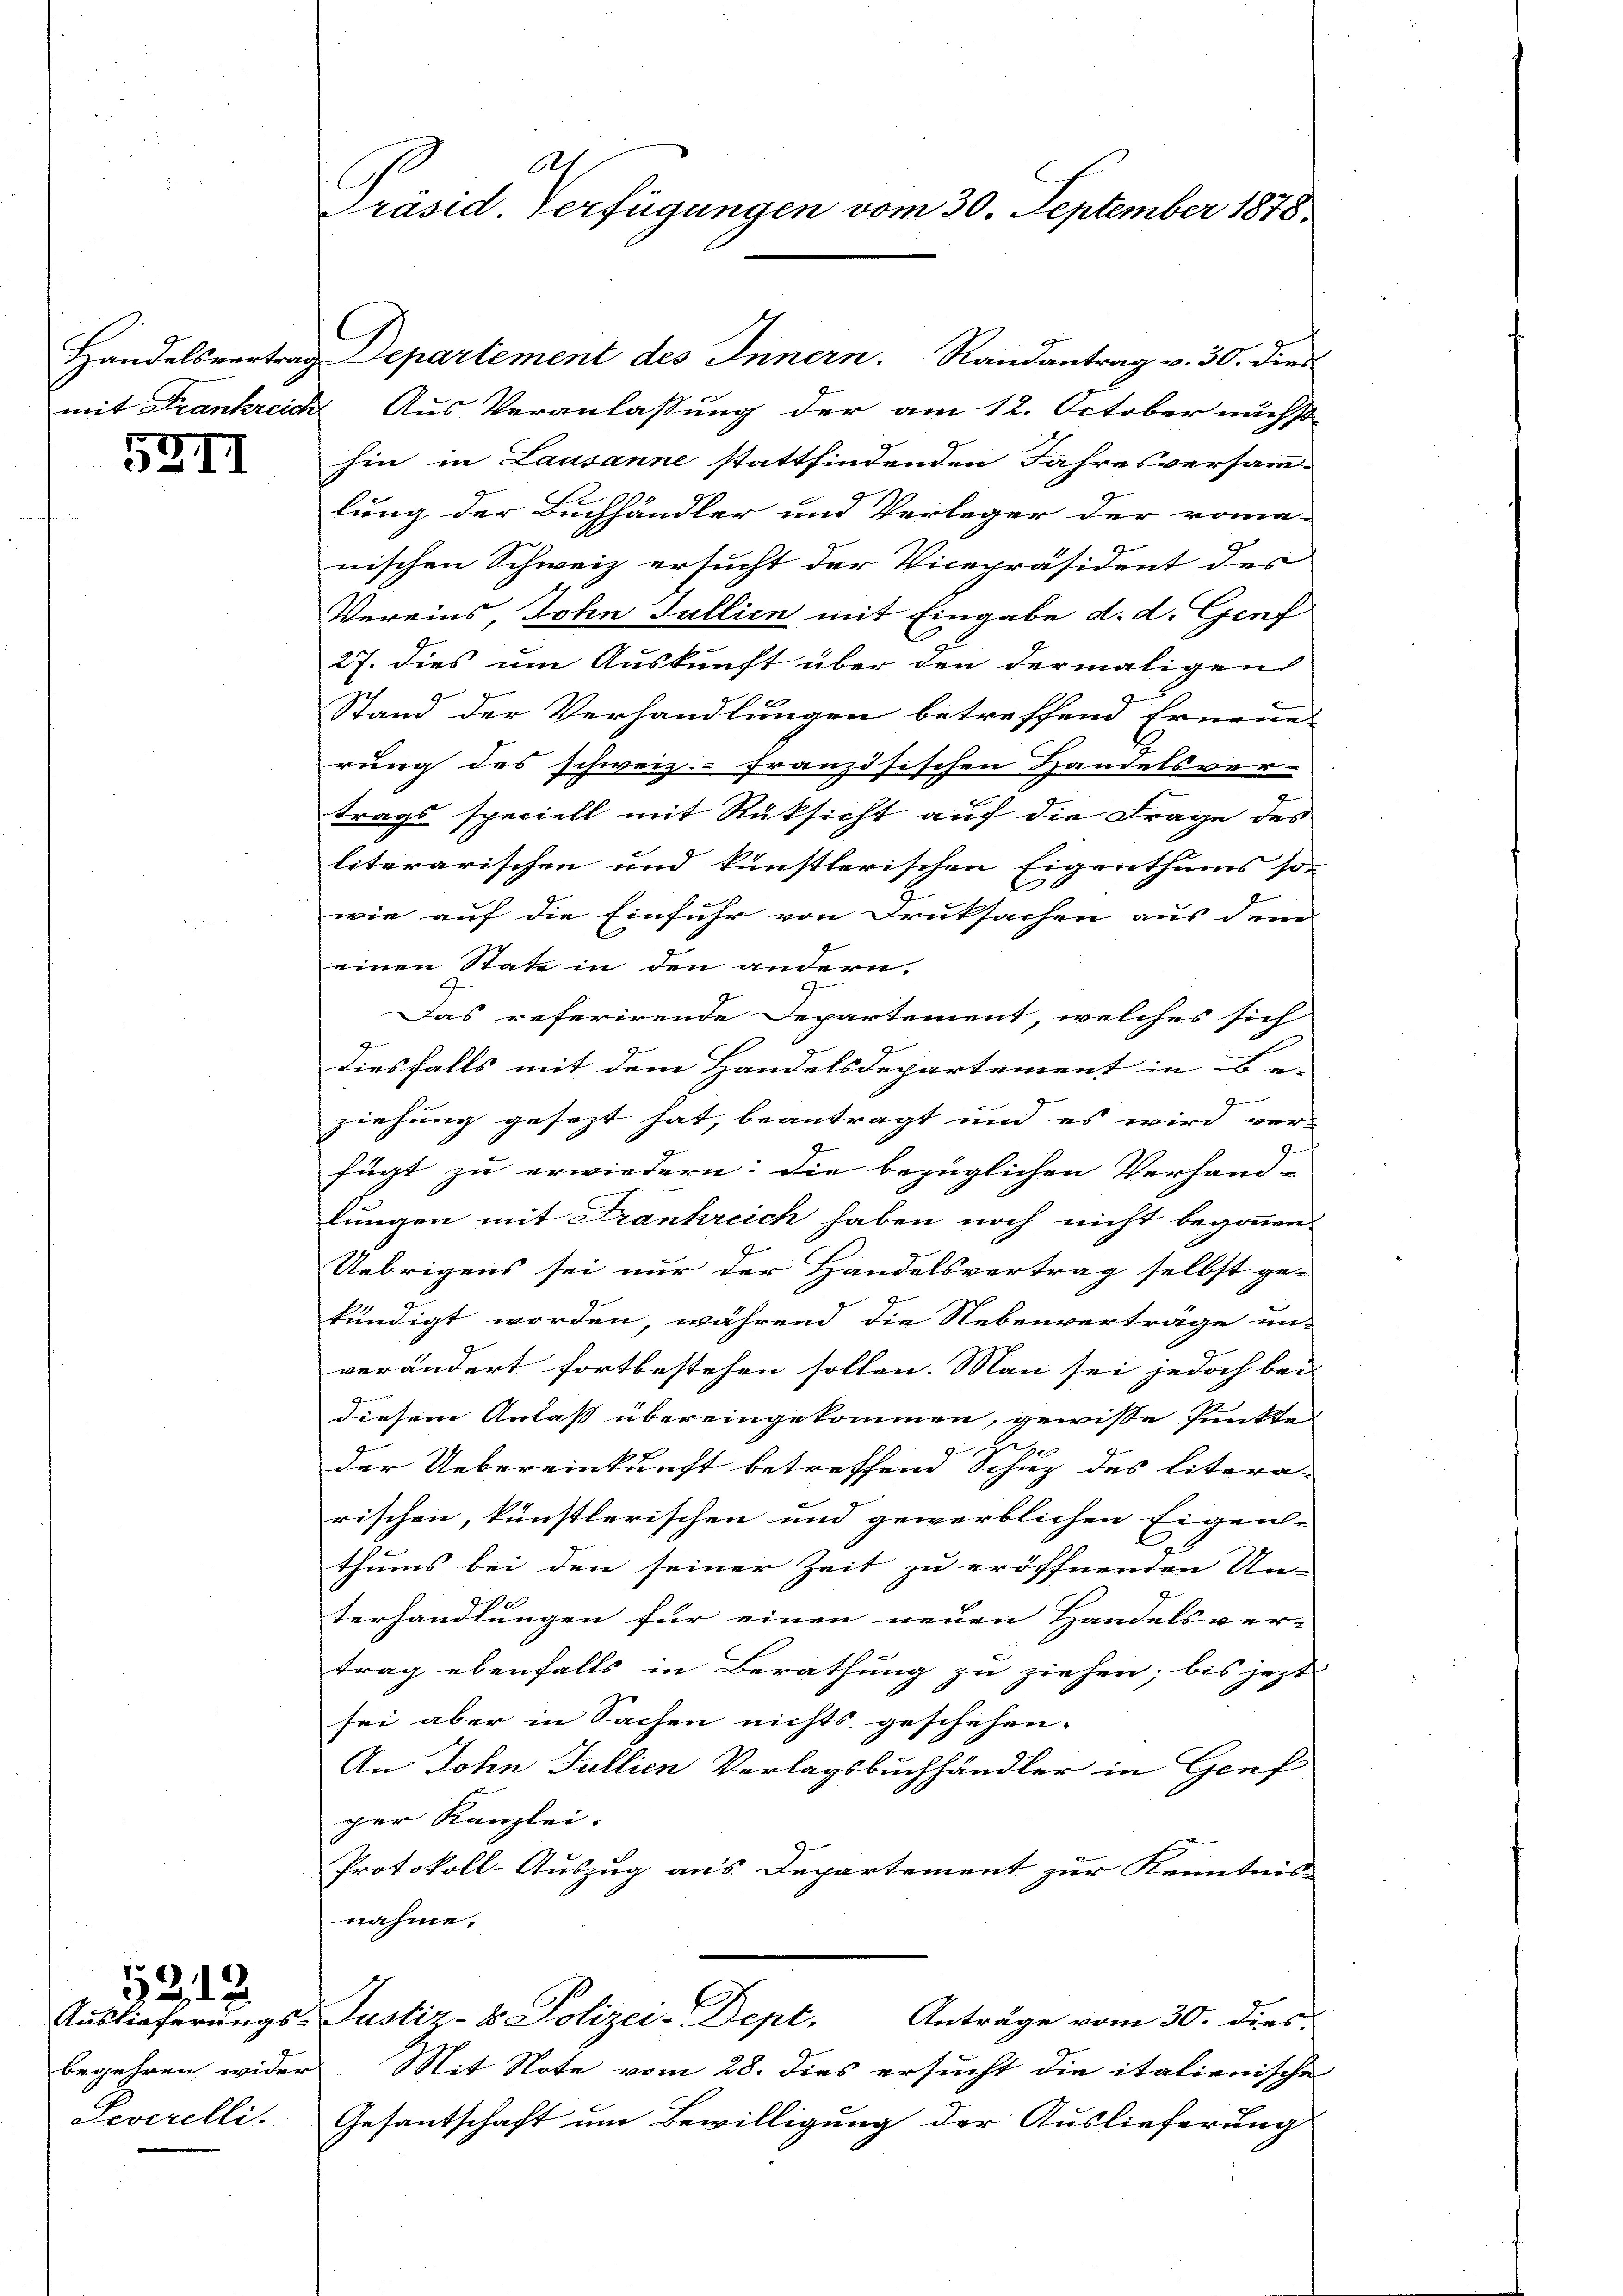
5311

322

begehren wide.
Severelli.

A
Präsid. Verfügungen vom 30. September 1878.

Handelsvertrag Departement des Innern. Randantrag v. 30. dies
mit Frankreich Aus Veranlassung der am 12. October nächst
hin in Lausanne stattfindenden Jahresversamm-
lung der Buchhändler und Verleger der roma-
nischen Schweiz ersucht der Vicepräsident des
Vereins, John Fullien mit Eingabe d. d. Genf
27. dies um Auskunft über den dermaligen
Stand der Verhandlungen betreffend Erneue
rung des schweiz.- französischen Handelsver-
trags speciell mit Rüksicht auf die Frage des
literarischen und künstlerischen Eigenthums so
wie auf die Einfuhr von Druksachen aus dem
einen State in den andern.
Das referirende Departement, welches sich
diesfalls mit dem Handelsdepartement in Be-
ziehung gesezt hat, beantragt und es wird ver-
fügt zu erwiedern: die bezüglichen Verhand-
lungen mit Frankreich haben noch nicht begonnen.
Uebrigens sei nur der Handelsvertrag selbst ge-
kündigt worden, während die Nebenverträge un-
verändert fortbestehen sollen. Man sei jedoch bei |
diesem Anlaß übereingekommen, gewisse Punkte
e
der Uebereinkunft betreffend Schiez des litera-
rischen, künstlerischen und gewerblichen Eigenli
thums bei den seiner Zeit zu eröffnenden Un-
terhandlungen für einen neuen Handelsver-
trag ebenfalls in Berathung zu ziehen; bis jezt
sei aber in Sachen nichts geschehen. |
An John Fullien Verlagsbuchhändler in Genf
ger Kanzlei.
Protokoll-Auszug aus Departement zur Kenntnis
nahme.
Auslieferungs-Justiz- & Polizei-Dept.
Anträge vom 30. dies
e
Mit Note vom 28. dies ersucht die italienische
Gesantschaft um Bewilligung der Auslieferung